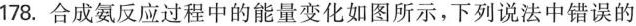
178.合成氨反应过程中的能量变化如图所示，下列说法中错误的